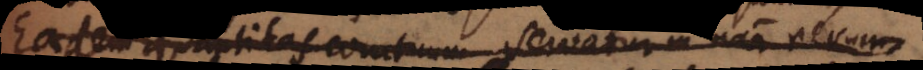
Eadem quantitas conatuum servatur in natura rerum.